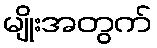
မျိုးအတွက်